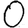
Digit: 0